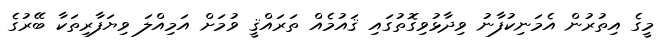
މީގެ އިތުރުން އެމަނިކުފާނު ވިދާޅުވިގޮތުގައި ޤައުމެއް ތަރައްޤީ ވުމަށް އަމިއްލަ ވިޔަފާރިތަކާ ބޭރުގެ